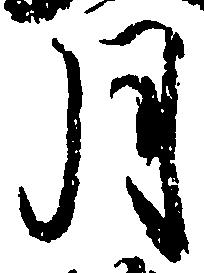
月